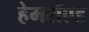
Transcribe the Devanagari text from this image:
हेमरॉएड